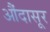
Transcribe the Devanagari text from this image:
औंदासूर